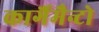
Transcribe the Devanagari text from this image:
कार्गैमैन्टो